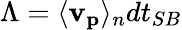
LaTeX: \Lambda=\langle\mathbf{v_{p}}\rangle_{n}dt_{SB}